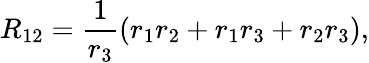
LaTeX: R_{12}={\frac{1}{r_{3}}}({r_{1}r_{2}+r_{1}r_{3}+r_{2}r_{3}}),